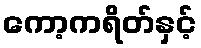
ကော့ကရိတ်နှင့်